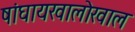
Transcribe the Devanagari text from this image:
षांघायखालोखाल